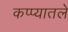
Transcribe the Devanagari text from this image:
कप्प्यातले